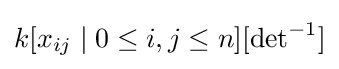
k[x_{ij}\mid 0\leq i,j\leq n][{\det }^{-1}]